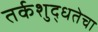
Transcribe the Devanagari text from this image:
तर्कशुद्धतेचा